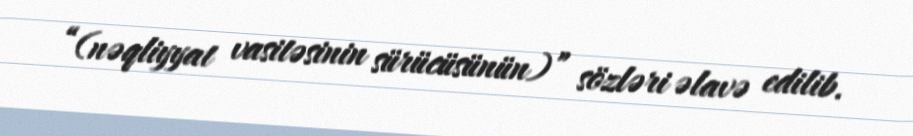
“(nəqliyyat vasitəsinin sürücüsünün)” sözləri əlavə edilib.